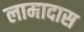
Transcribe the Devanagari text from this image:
लामादास